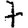
Digit: 7